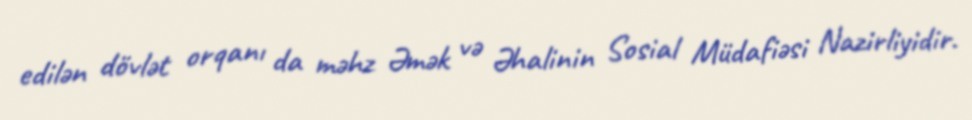
edilən dövlət orqanı da məhz Əmək və Əhalinin Sosial Müdafiəsi Nazirliyidir.